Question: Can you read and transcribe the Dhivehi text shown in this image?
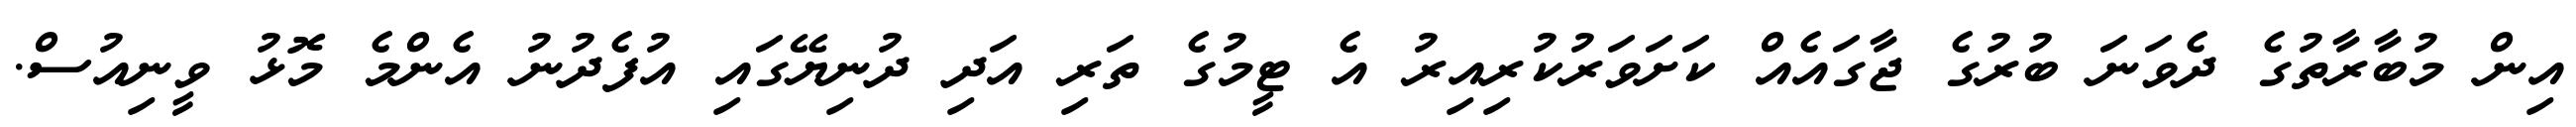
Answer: އިން މުބާރާތުގެ ދެވަނަ ބުރުގެ ޖާގައެއް ކަށަވަރުކުރިއިރު އެ ޓީމުގެ ތަރި އަދި ދުނިޔޭގައި އުފެދުނު އެންމެ މޮޅު ވީނިއުސް.